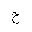
Letter: _ha